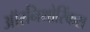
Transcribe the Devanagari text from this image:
ऑरनिथोरिंकस